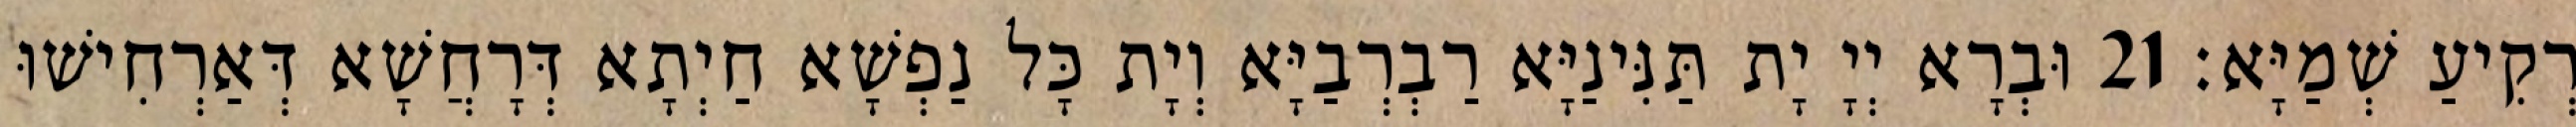
רְקִיעַ שְׁמַיָּא׃ 21 וּבְרָא יְיָ יָת תַּנִּינַיָּא רַבְרְבַיָּא וְיָת כָּל נַפְשָׁא חַיְתָא דְּרָחֲשָׁא דְּאַרְחִישׁוּ